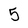
Character: 5